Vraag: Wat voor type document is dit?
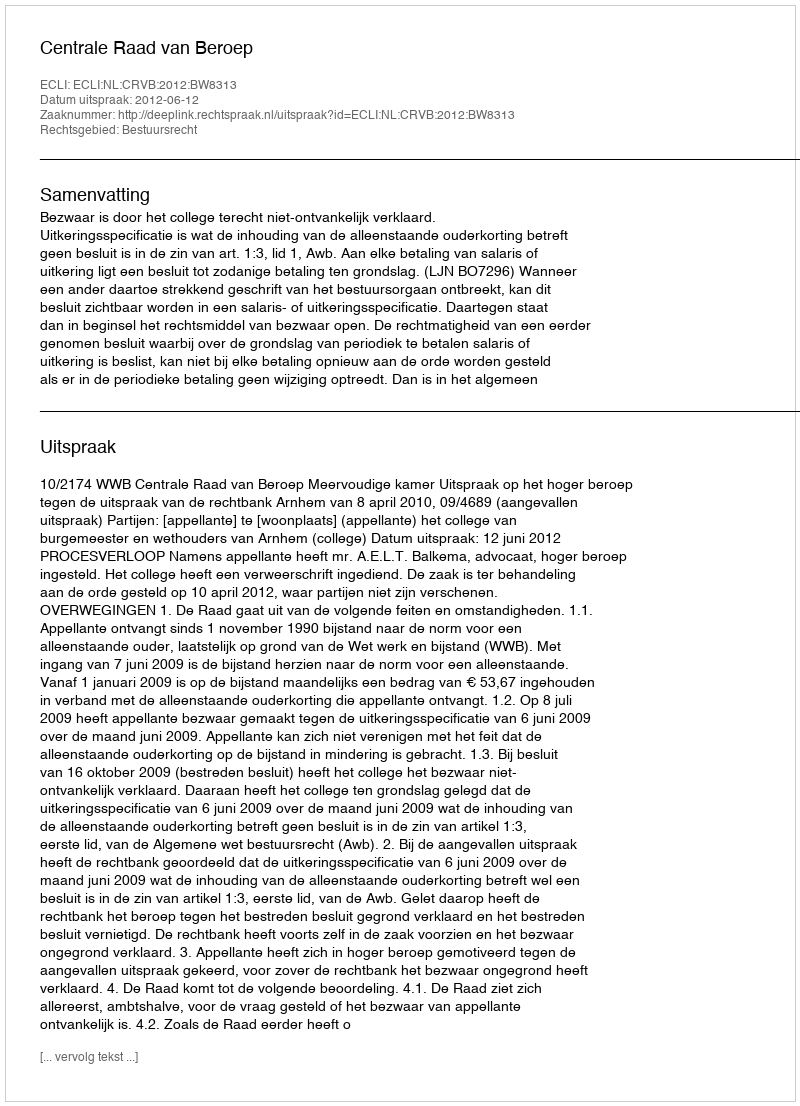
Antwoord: Uitspraak